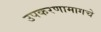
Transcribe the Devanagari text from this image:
उपकरणामागचे